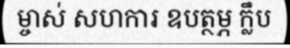
ម្ចាស់ សហការ ឧបត្ថម្ភ ក្លឹប